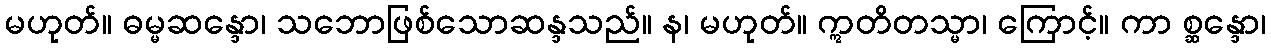
မဟုတ်။ ဓမ္မဆန္ဒော၊ သဘောဖြစ်သောဆန္ဒသည်။ န၊ မဟုတ်။ ဣတိတသ္မာ၊ ကြောင့်။ ကာ စ္ဆန္ဒော၊